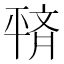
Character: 𫷙